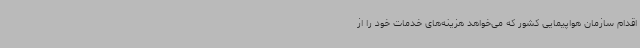
اقدام سازمان هواپیمایی کشور که می‌خواهد هزینه‌های خدمات خود را از